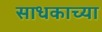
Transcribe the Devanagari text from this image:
साधकाच्या